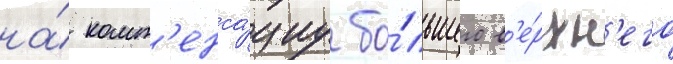
на́ комп'енса́циу бо́льшего в'е́рхн'его